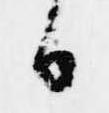
日